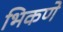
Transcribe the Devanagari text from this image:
भिकणे